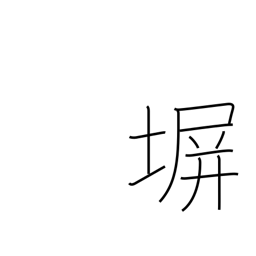
Meaning: fence